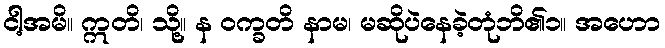
ငါ့အမိ။ ဣတိ၊ သို့။ န ဝက္ခတိ နာမ၊ မဆိုပဲနေခဲ့တုံဘိ၏၁။ အဟော